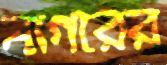
নাগরের